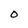
Character: O